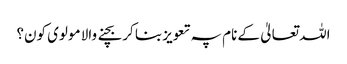
اللہ تعالیٰ کے نام پہ تعویز بنا کر بچنے والا مولوی کون؟